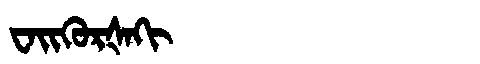
Manchu: ᠸᠠᡳᡴᡠᡵᡧᠠᡴᡳ
Romanization: WAIKURŠAKI